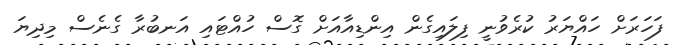
ފަހަރަށް ހައްޔަރު ކުރެވުނީ ފިލައިގެން އިންޑިއާއަށް ގޮސް ހުއްޓައި އަނބުރާ ގެނެސް މިދިޔަ